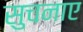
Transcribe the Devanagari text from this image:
सुचनाए